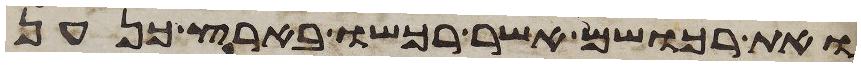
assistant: ואת רכושם אשר רכשו בארץ כנען